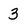
Character: 3